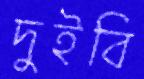
দুইবি